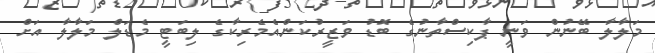
މަލާލާ ބޭނުން ވަނީ ޕާކިސްތާނުގެ ބޮޑު ވަޒީރުކަންއެމެރިކާގެ ލިބަޓީ މެޑަލް މަލާލާ އަށް